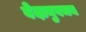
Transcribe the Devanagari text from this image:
वेदानुवचन